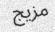
مزيج